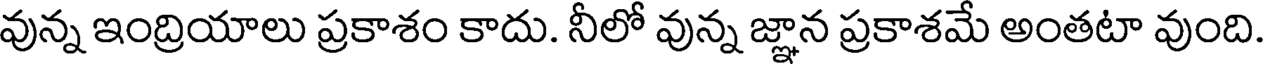
వున్న ఇంద్రియాలు ప్రకాశం కాదు. నీలో వున్న జ్ఞాన ప్రకాశమే అంతటా వుంది